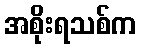
အစိုးရသစ်က